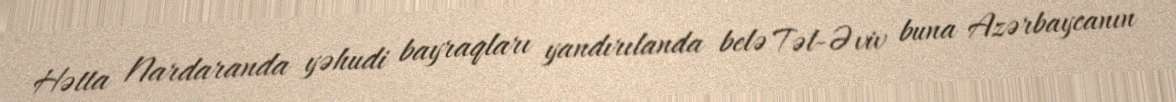
Hətta Nardaranda yəhudi bayraqları yandırılanda belə Təl-Əviv buna Azərbaycanın